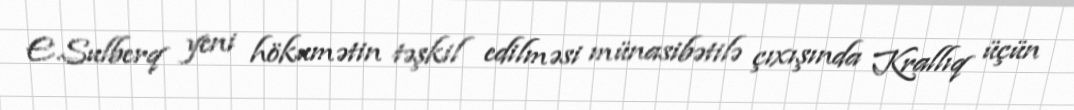
E.Sulberq yeni hökumətin təşkil edilməsi münasibətilə çıxışında Krallıq üçün